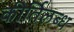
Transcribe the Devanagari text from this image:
कीर्तिलब्ध